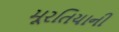
મૂરતિયાની